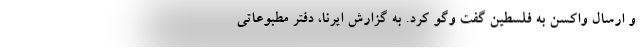
و ارسال واکسن به فلسطین گفت وگو کرد. به گزارش ایرنا، دفتر مطبوعاتی